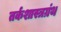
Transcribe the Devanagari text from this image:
तर्कशास्त्रग्रंथ